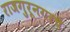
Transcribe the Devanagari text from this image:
राजगुरूनगरचे